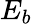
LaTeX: E_{b}